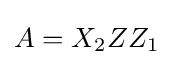
A=X_{2}ZZ_{1}